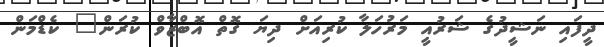
ދީފައި ނަޝީދުގެ ޝަރުއީ މަރުހަލާ ކުރިއަށް ދިޔަ ގޮތް އޮބްޒާވް ކުރަން" ކެޑްމަން